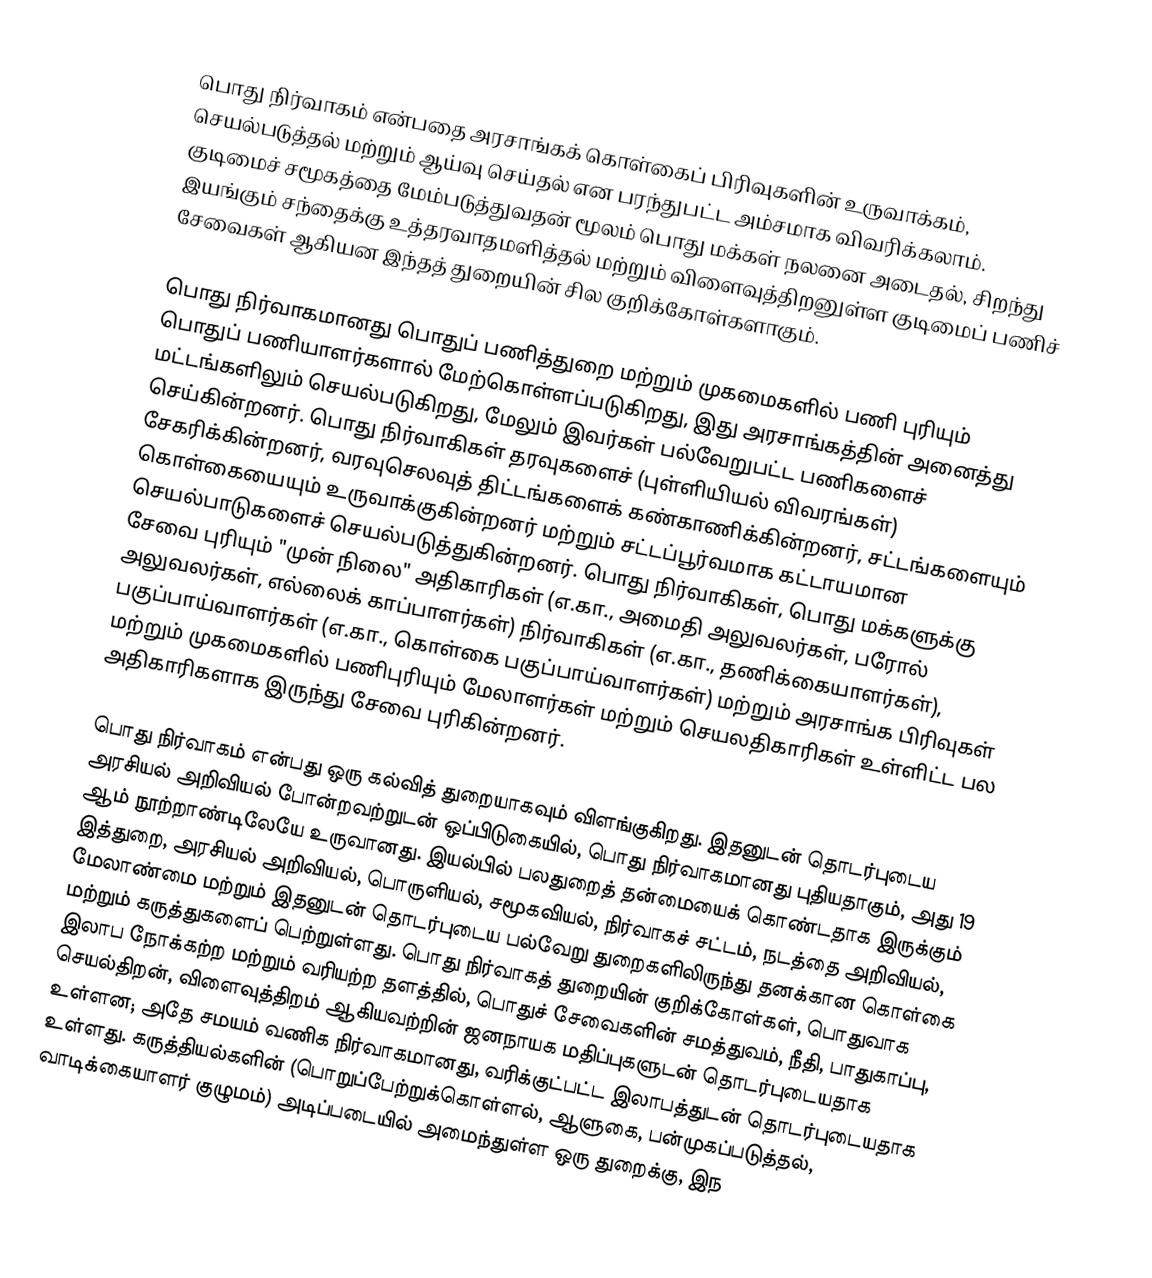
பொது நிர்வாகம் என்பதை அரசாங்கக் கொள்கைப் பிரிவுகளின் உருவாக்கம், செயல்படுத்தல் மற்றும் ஆய்வு செய்தல் என பரந்துபட்ட அம்சமாக விவரிக்கலாம். குடிமைச் சமூகத்தை மேம்படுத்துவதன் மூலம் பொது மக்கள் நலனை அடைதல், சிறந்து இயங்கும் சந்தைக்கு உத்தரவாதமளித்தல் மற்றும் விளைவுத்திறனுள்ள குடிமைப் பணிச் சேவைகள் ஆகியன இந்தத் துறையின் சில குறிக்கோள்களாகும்.

பொது நிர்வாகமானது பொதுப் பணித்துறை மற்றும் முகமைகளில் பணி புரியும் பொதுப் பணியாளர்களால் மேற்கொள்ளப்படுகிறது, இது அரசாங்கத்தின் அனைத்து மட்டங்களிலும் செயல்படுகிறது, மேலும் இவர்கள் பல்வேறுபட்ட பணிகளைச் செய்கின்றனர். பொது நிர்வாகிகள் தரவுகளைச் (புள்ளியியல் விவரங்கள்) சேகரிக்கின்றனர், வரவுசெலவுத் திட்டங்களைக் கண்காணிக்கின்றனர், சட்டங்களையும் கொள்கையையும் உருவாக்குகின்றனர் மற்றும் சட்டப்பூர்வமாக கட்டாயமான செயல்பாடுகளைச் செயல்படுத்துகின்றனர். பொது நிர்வாகிகள், பொது மக்களுக்கு சேவை புரியும் "முன் நிலை" அதிகாரிகள் (எ.கா., அமைதி அலுவலர்கள், பரோல் அலுவலர்கள், எல்லைக் காப்பாளர்கள்) நிர்வாகிகள் (எ.கா., தணிக்கையாளர்கள்), பகுப்பாய்வாளர்கள் (எ.கா., கொள்கை பகுப்பாய்வாளர்கள்) மற்றும் அரசாங்க பிரிவுகள் மற்றும் முகமைகளில் பணிபுரியும் மேலாளர்கள் மற்றும் செயலதிகாரிகள் உள்ளிட்ட பல அதிகாரிகளாக இருந்து சேவை புரிகின்றனர்.

பொது நிர்வாகம் என்பது ஒரு கல்வித் துறையாகவும் விளங்குகிறது. இதனுடன் தொடர்புடைய அரசியல் அறிவியல் போன்றவற்றுடன் ஒப்பிடுகையில், பொது நிர்வாகமானது புதியதாகும், அது 19 ஆம் நூற்றாண்டிலேயே உருவானது. இயல்பில் பலதுறைத் தன்மையைக் கொண்டதாக இருக்கும் இத்துறை, அரசியல் அறிவியல், பொருளியல், சமூகவியல், நிர்வாகச் சட்டம், நடத்தை அறிவியல், மேலாண்மை மற்றும் இதனுடன் தொடர்புடைய பல்வேறு துறைகளிலிருந்து தனக்கான கொள்கை மற்றும் கருத்துகளைப் பெற்றுள்ளது. பொது நிர்வாகத் துறையின் குறிக்கோள்கள், பொதுவாக இலாப நோக்கற்ற மற்றும் வரியற்ற தளத்தில், பொதுச் சேவைகளின் சமத்துவம், நீதி, பாதுகாப்பு, செயல்திறன், விளைவுத்திறம் ஆகியவற்றின் ஜனநாயக மதிப்புகளுடன் தொடர்புடையதாக உள்ளன; அதே சமயம் வணிக நிர்வாகமானது, வரிக்குட்பட்ட இலாபத்துடன் தொடர்புடையதாக உள்ளது. கருத்தியல்களின் (பொறுப்பேற்றுக்கொள்ளல், ஆளுகை, பன்முகப்படுத்தல், வாடிக்கையாளர் குழுமம்) அடிப்படையில் அமைந்துள்ள ஒரு துறைக்கு, இந